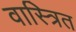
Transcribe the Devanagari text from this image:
वास्त्रित